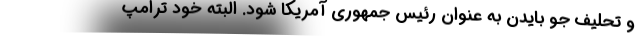
و تحلیف جو بایدن به عنوان رئیس جمهوری آمریکا شود. البته خود ترامپ